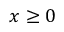
x \ge 0